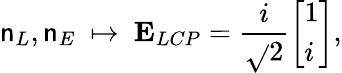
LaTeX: \mathsf{n}_{L},\mathsf{n}_{E}\ \mapsto\ \mathbf{{{E}}}_{LCP}=\frac{{i}}{{\sqrt{}{{2}}}}\left[\begin{array}{l}{1}\\ {i}\end{array}\right],